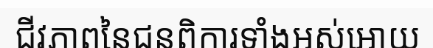
ជីវភាពនៃជនពិការទាំងអស់អោយ